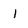
Character: I